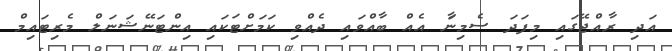
އަދި ރާއްޖޭގައި މިފަދަ ސެމިނަާ އެއް ބާއްވައި ދެއްވި ކަމަށްޓަކައި އިންޓަނޭޝަނަލް މެރިޓައިމް